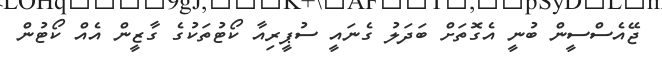
ޖޭއެސްސީން ބުނީ އެގޮތަށް ބަދަލު ގެނައީ ސުޕީރިއާ ކޯޓުތަކުގެ ގާޒީން އެއް ކޯޓުން